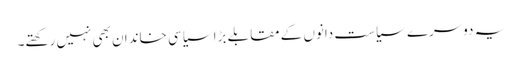
یہ دوسرے سیاست دانوں کے مقابلے بڑا سیاسی خاندان بھی نہیں رکھتے۔